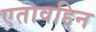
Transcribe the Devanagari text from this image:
एतावद्दिन